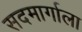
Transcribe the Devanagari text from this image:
सदमार्गाला